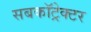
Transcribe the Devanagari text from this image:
सबकॉट्रेक्टर